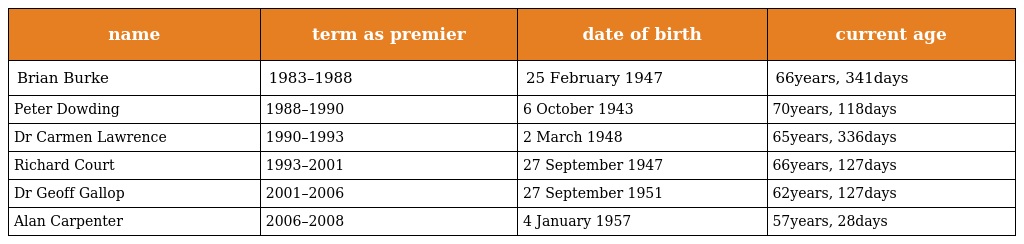
| name | term as premier | date of birth | current age |
 | --- | --- | --- | --- |
 | Brian Burke | 1983–1988 | 25 February 1947 | 66years, 341days |
 | Peter Dowding | 1988–1990 | 6 October 1943 | 70years, 118days |
 | Dr Carmen Lawrence | 1990–1993 | 2 March 1948 | 65years, 336days |
 | Richard Court | 1993–2001 | 27 September 1947 | 66years, 127days |
 | Dr Geoff Gallop | 2001–2006 | 27 September 1951 | 62years, 127days |
 | Alan Carpenter | 2006–2008 | 4 January 1957 | 57years, 28days |